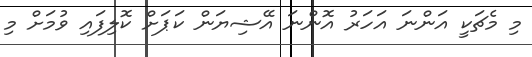
މި މެޗަކީ އަންނަ އަހަރު އޮންނަ އޭޝިޔަން ކަޕަށް ކޮލިފައި ވުމަށް މި